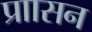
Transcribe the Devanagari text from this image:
प्राासन